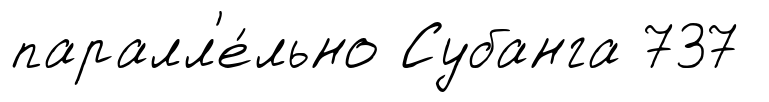
паралл'е́льно Субанга 737